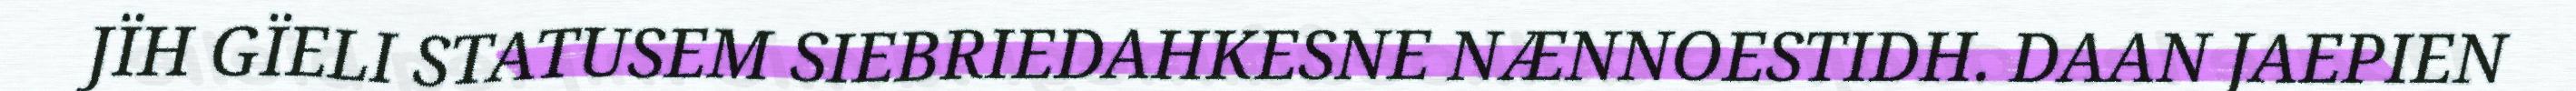
JÏH GÏELI STATUSEM SIEBRIEDAHKESNE NÆNNOESTIDH. DAAN JAEPIEN